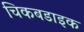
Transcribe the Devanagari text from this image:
चिकबडाइक